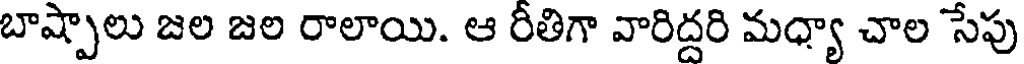
బాష్పాలు జల జల రాలాయి. ఆ రీతిగా వారిద్దరి మధ్యా చాల సేపు